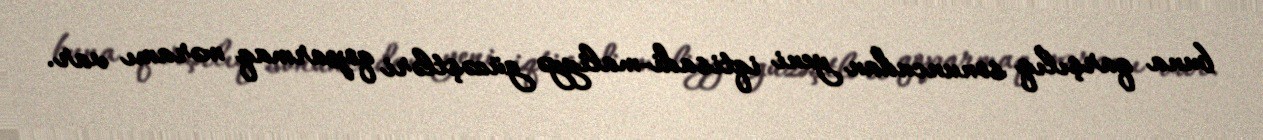
buna qarşılıq sonuncudan yeni iqtisadi-maliyyə güzəştləri qoparmaq məramı var.